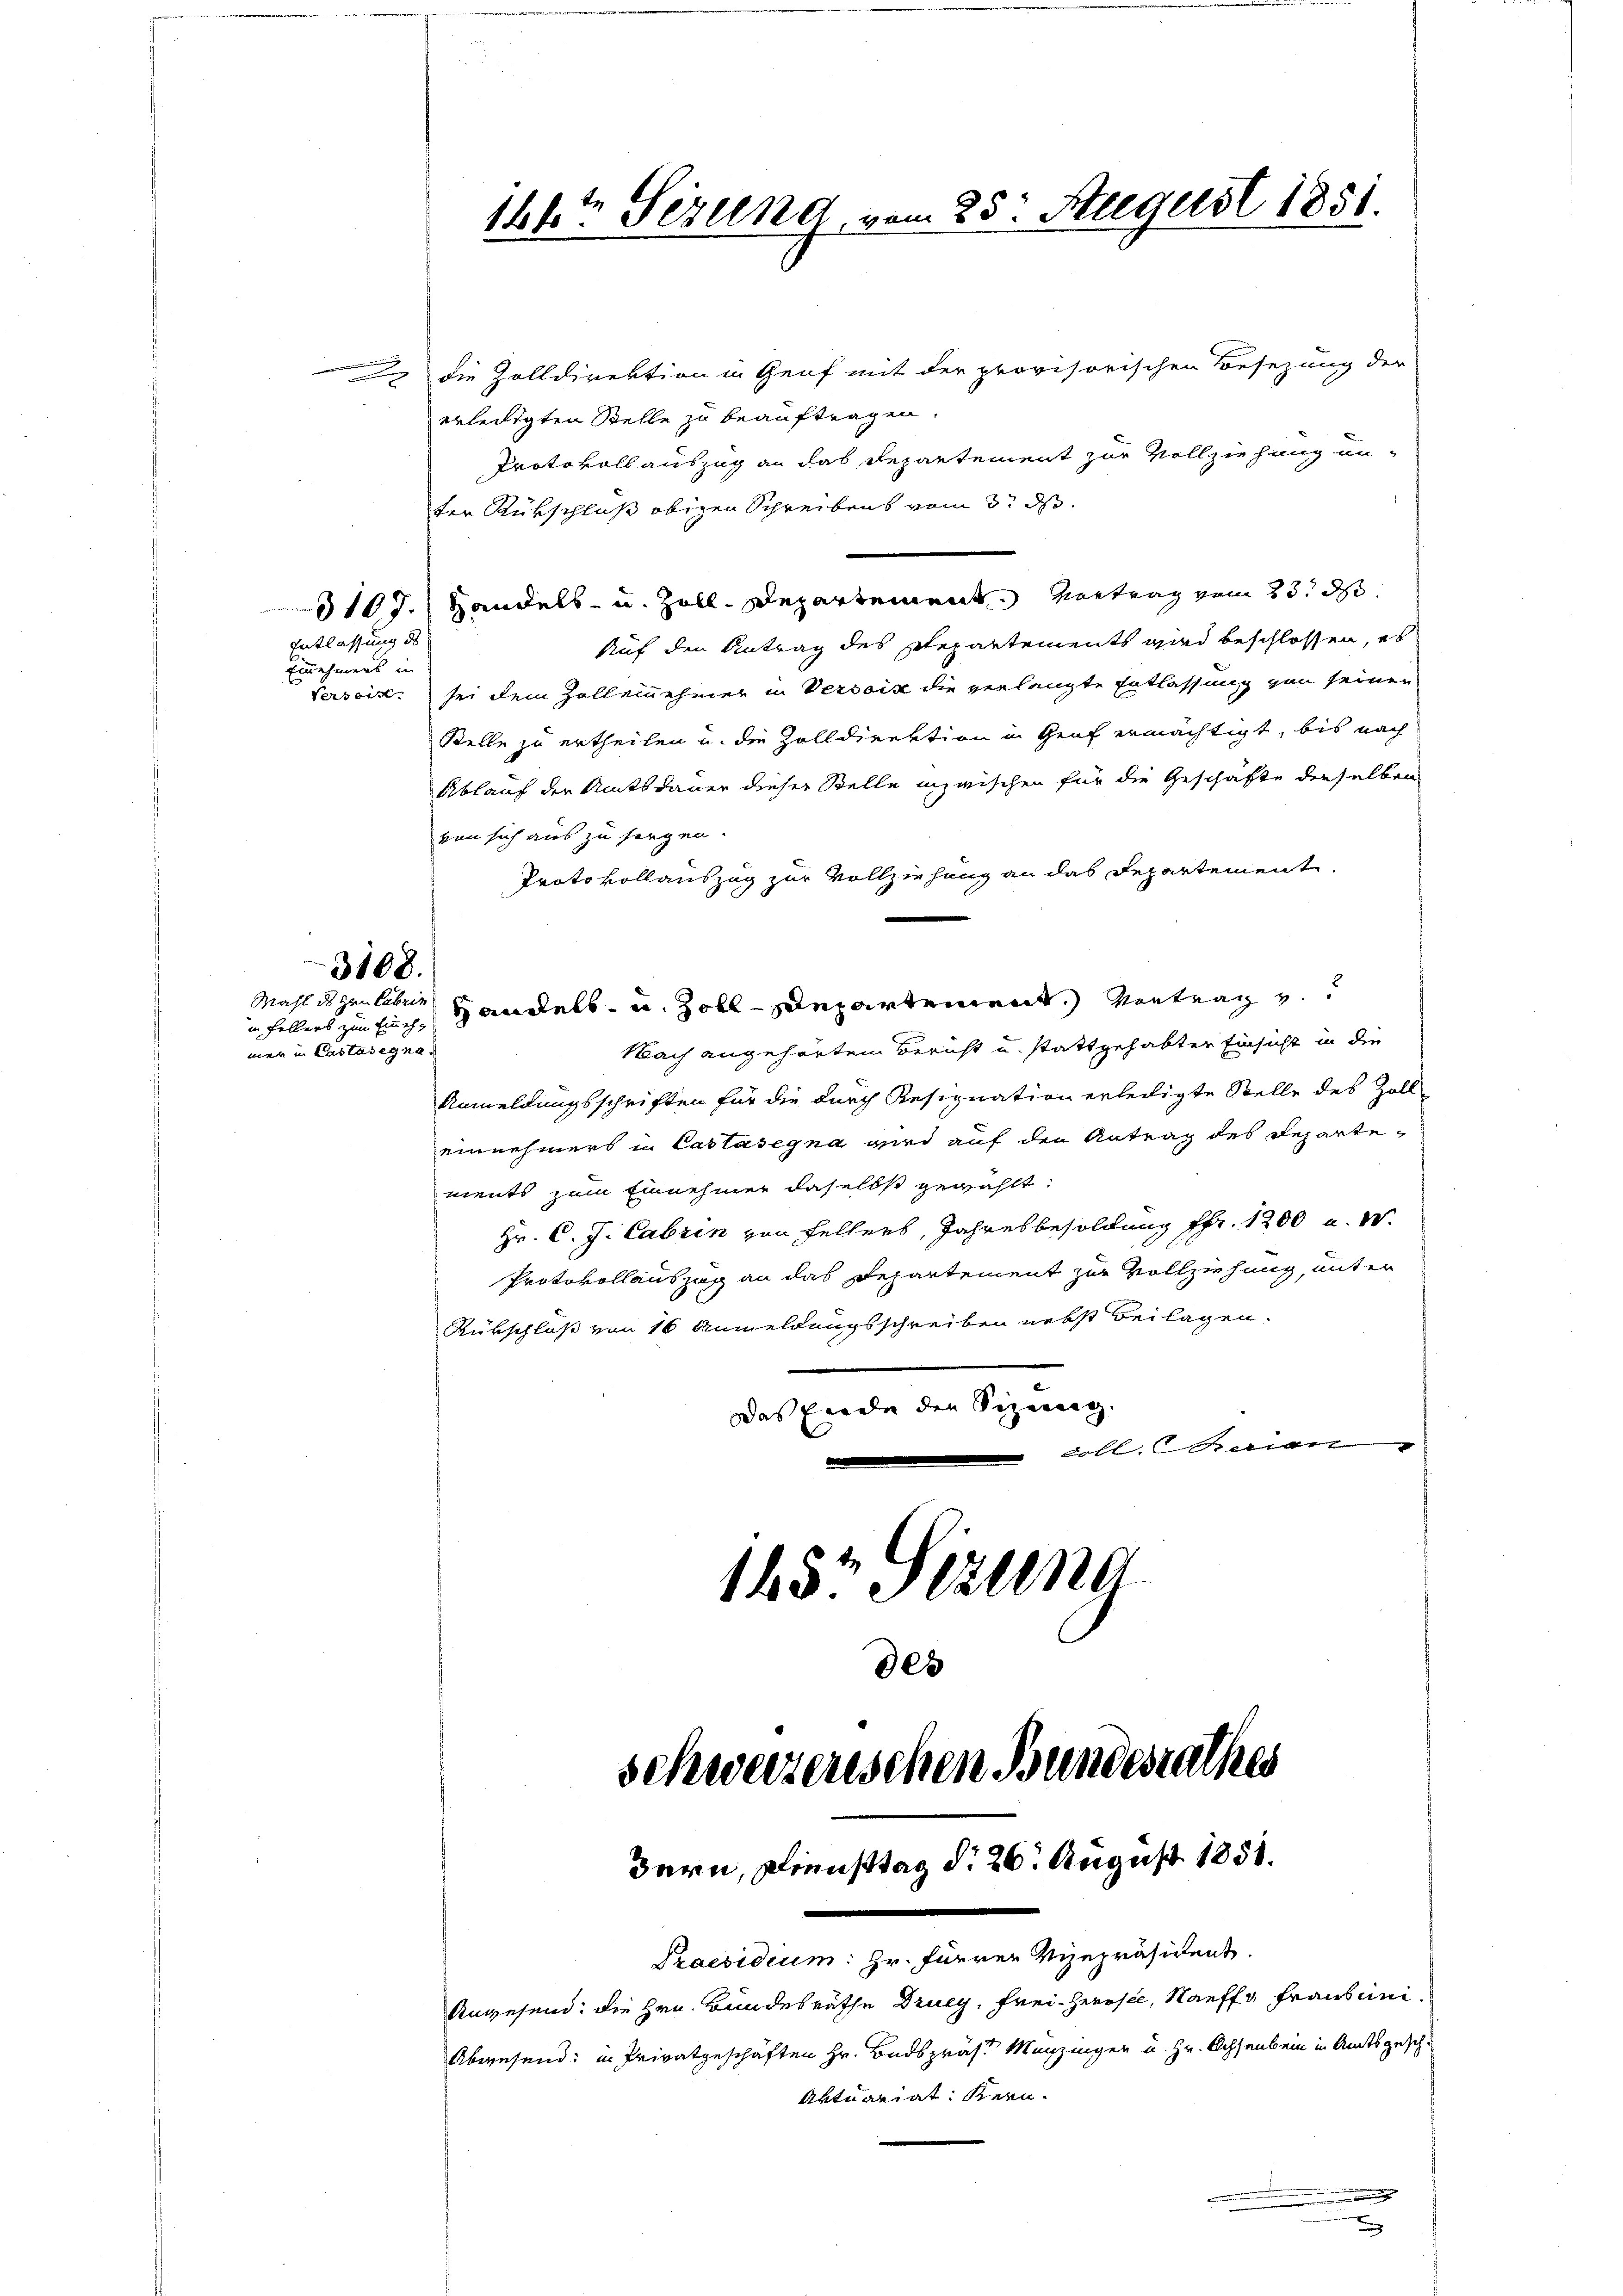
Entlassung des
Einnehmens in

die Zolldirektion in Genf mit der provisorischen Besezung der
erledigten Stelle zu beauftragen.
Protokollauszug an das Departement zur Vollziehung unter Rückschluß obigen Schreibens vom 3. ds.
3107.) Handels- u. Zoll. Departement. Antrag vom 23. d.
Auf den Antrag des Repartements wird beschlossen, es
Versoire, sei dem Zollennehmer in Versoix die verlangte Entlassung von seinen
Stelle zu ertheilen u. die Zolldirektion in Graf ermächtigt, bis nach
Ablauf der Amtsdauer dieser Stelle inzwischen für die Geschäfte derselben
ven sich aus zu sorgen.
Protokollauszug zur Vollziehung an das Departement
Handels- u. Zolldepartement. Vertrag v
in Fellers zum Einsch,
Nach angehörtem Bericht u. stattgehabten Einsicht in die
men in Castasegna
Anmeldungsschriften für die durch Resignation erledigte Stelle des Zoll-
einnehmers in Castasegna wird auf den Antrag des Repartements zum Einnehmer daselbst gewählt:
Hr. C. J. Cabrin von Fellers, Jahresbesoldung fr. 1200 u. s.
Protokollauszug an das Departement zur Vollziehung, mit er
Rükschloß von 16 Anmeldungsschreiben nebst Beilagen.
Das Ende den Sizeneg
 Lobl. Seien
1657 Fezung
e

3108.
Mahl des Hrn Fabrin

14kt Sezung vom 25. Steegerst 1851.

schweizerischen Bundesrathes
Bern, Diensttag d. 26. August 1851.
Praesidium: Hr. Fürrer Vizepräsident.
Anwesend: die Hrn. Bundesrathe Druey, Frei- Herosel, Nauffg Fraueni¬
Abwesend: in Privatgeschäften Hr. Badspräs. Menzinger u. Hr. Achsenbein in Amtsgesch
Aktuariat Kern.

.

x